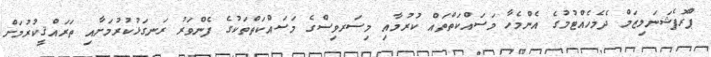
ޕްރޮފެޝަނަލިޒަމް ދެމެހެއްޓުމުގެ އެންމެހާ މަސައްކަތްތައް ކުރުމާއި މިސަރވިސްގެ މަސައްކަތްތަކުގެ ފެންވަރު ރަނގަޅުކުރުމަށާއި ތަރައްޤީކުރުމަށް